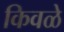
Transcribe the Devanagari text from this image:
किवळे